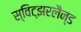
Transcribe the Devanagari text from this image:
स्विट्झरलैन्ड